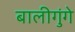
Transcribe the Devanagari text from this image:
बालीगुंगे